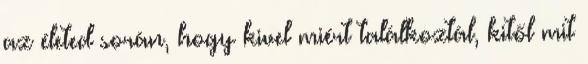
az életed során, hogy kivel miért találkoztál, kitől mit